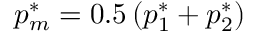
p _ { m } ^ { * } = 0 . 5 \left( p _ { 1 } ^ { * } + p _ { 2 } ^ { * } \right)